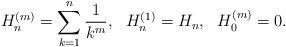
LaTeX: \begin{align*}H_n^{(m)} = \sum_{k=1}^n\frac{1}{k^m}, \ \ H_n^{(1)} = H_n, \ \ H_0^{(m)} =0.\end{align*}